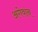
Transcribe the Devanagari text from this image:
अगेवान